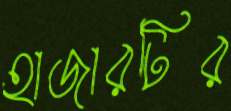
হাজারটির